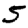
Digit: 5